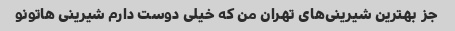
جز بهترین شیرینی‌های تهران من که خیلی دوست دارم شیرینی هاتونو